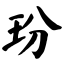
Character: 玢